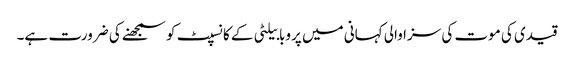
قیدی کی موت کی سزا والی کہانی میں پروبابیلٹی کے کانسپٹ کو سمجھنے کی ضرورت ہے۔